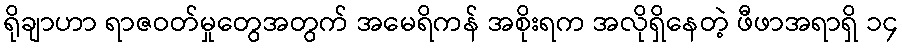
ရိုချာဟာ ရာဇဝတ်မှုတွေအတွက် အမေရိကန် အစိုးရက အလိုရှိနေတဲ့ ဖီဖာအရာရှိ ၁၄